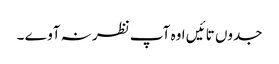
جدوں تائیں اوہ آپ نظر نہ آوے ۔